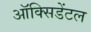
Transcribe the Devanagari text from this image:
ऑक्‍सिडेंटल